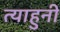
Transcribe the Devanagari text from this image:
त्याहुनी